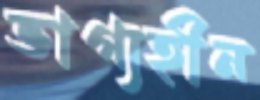
ভাগ্যহীন